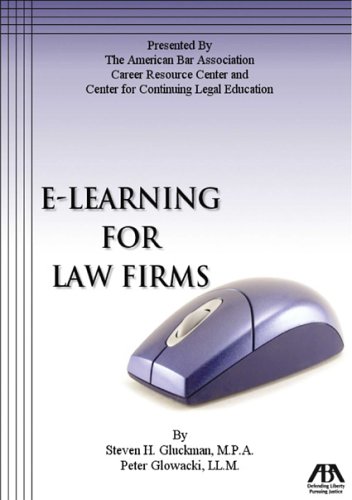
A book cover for E-Learning for Law Firms; Steven H. Gluckman; Law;